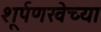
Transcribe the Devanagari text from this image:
शूर्पणखेच्या